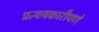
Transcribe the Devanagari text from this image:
प्रत्ययकारीपणे